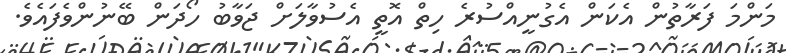
މަންމަ ފަރާތުން އެކަން އެގުނީއްސުރެ ހިތް އޮތީ އެސުވާލަށް ޖަވާބު ހޯދަން ބޭނުންވެފައެވެ.